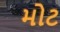
મોટ